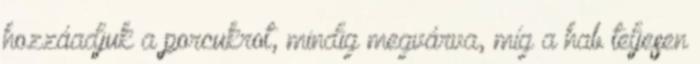
hozzáadjuk a porcukrot, mindig megvárva, míg a hab teljesen